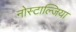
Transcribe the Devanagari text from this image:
नोस्टाल्जिया